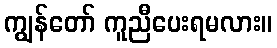
ကျွန်တော် ကူညီပေးရမလား။